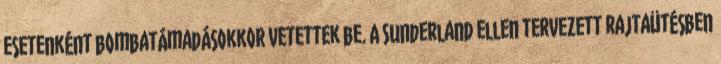
esetenként bombatámadásokkor vetettek be. A Sunderland ellen tervezett rajtaütésben